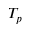
T _ { p }